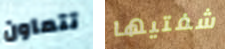
تتعاون شفتيها